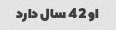
او 42 سال دارد